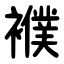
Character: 襥